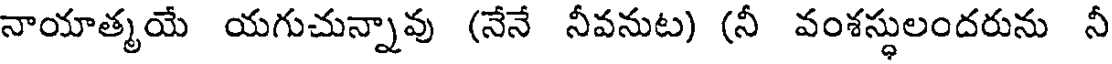
నాయాత్మయే యగుచున్నావు (నేనే నీవనుట) (నీ వంశస్థులందరును నీ